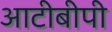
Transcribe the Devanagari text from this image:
आटीबीपी